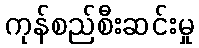
ကုန်စည်စီးဆင်းမှု